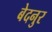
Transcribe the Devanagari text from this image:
बेदनुर